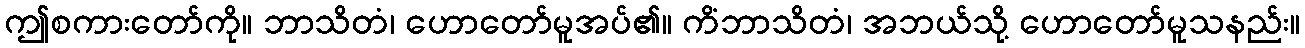
ဤစကားတော်ကို။ ဘာသိတံ၊ ဟောတော်မူအပ်၏။ ကိံဘာသိတံ၊ အဘယ်သို့ ဟောတော်မူသနည်း။